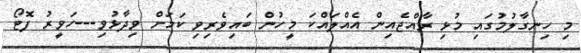
މި ހިނގާލުމުގައި މުޅި ރާއްޖެއިން އެއްލައްކަ މީހުން ބައިވެރިވި ކަމަށް ވިދާޅުވި---ހަވީރު ފޮޓޯ